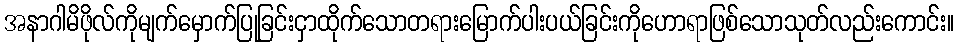
အနာဂါမိဖိုလ်ကိုမျက်မှောက်ပြုခြင်းငှာထိုက်သောတရားမြောက်ပါးပယ်ခြင်းကိုဟောရာဖြစ်သောသုတ်လည်းကောင်း။